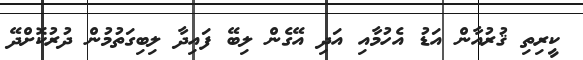
ކީރިތި ޤުރުއާން އަޑު އެހުމާއި އަދި އޭގެން ލިބޭ ފައިދާ ލިބިގަތުމުން ދުރުކޮށްދޭ